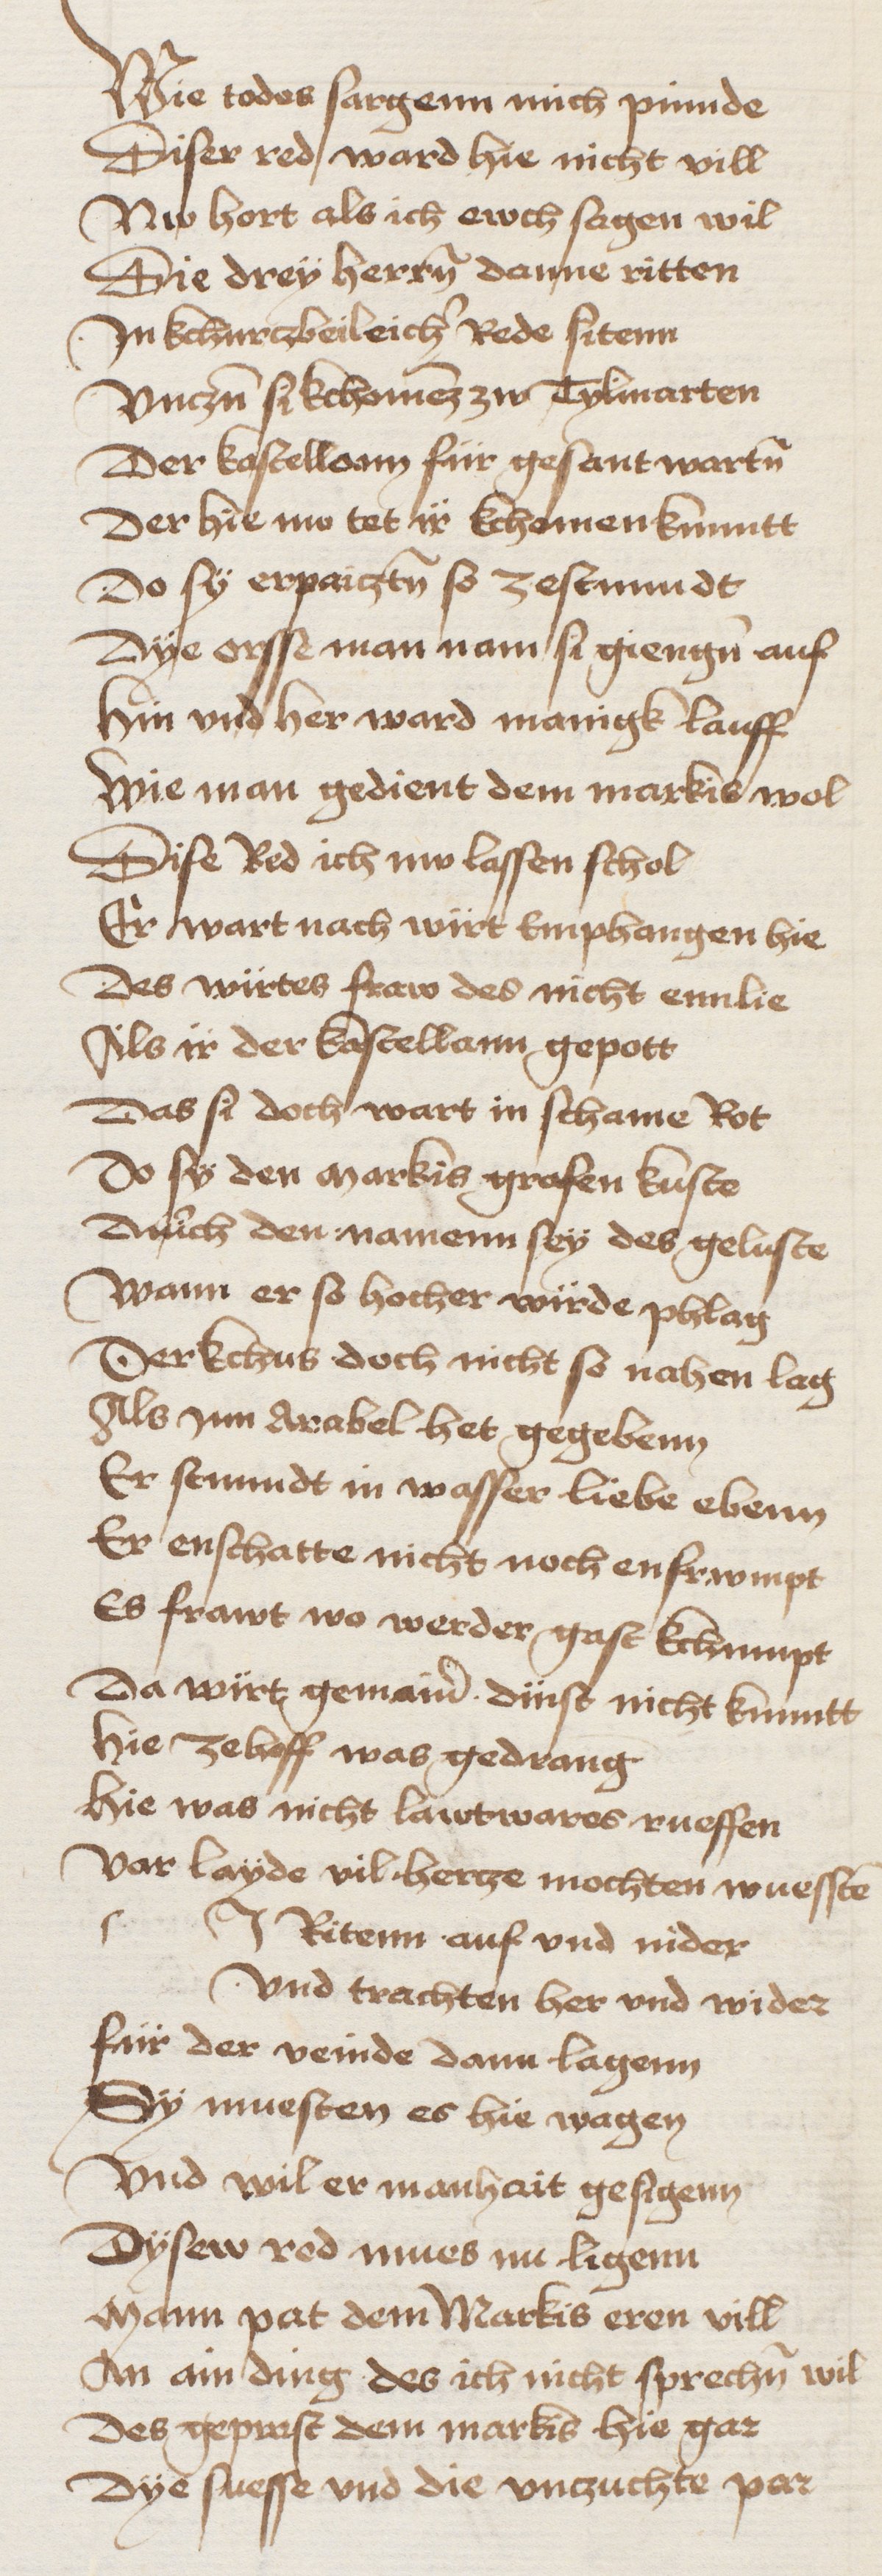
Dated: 1433–1466